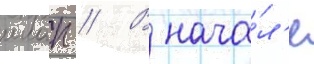
ииап // В нача́л'е